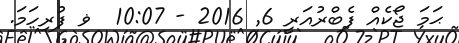
ޙަމަ ޖޯކެއް ފެބްރުއަރީ 6